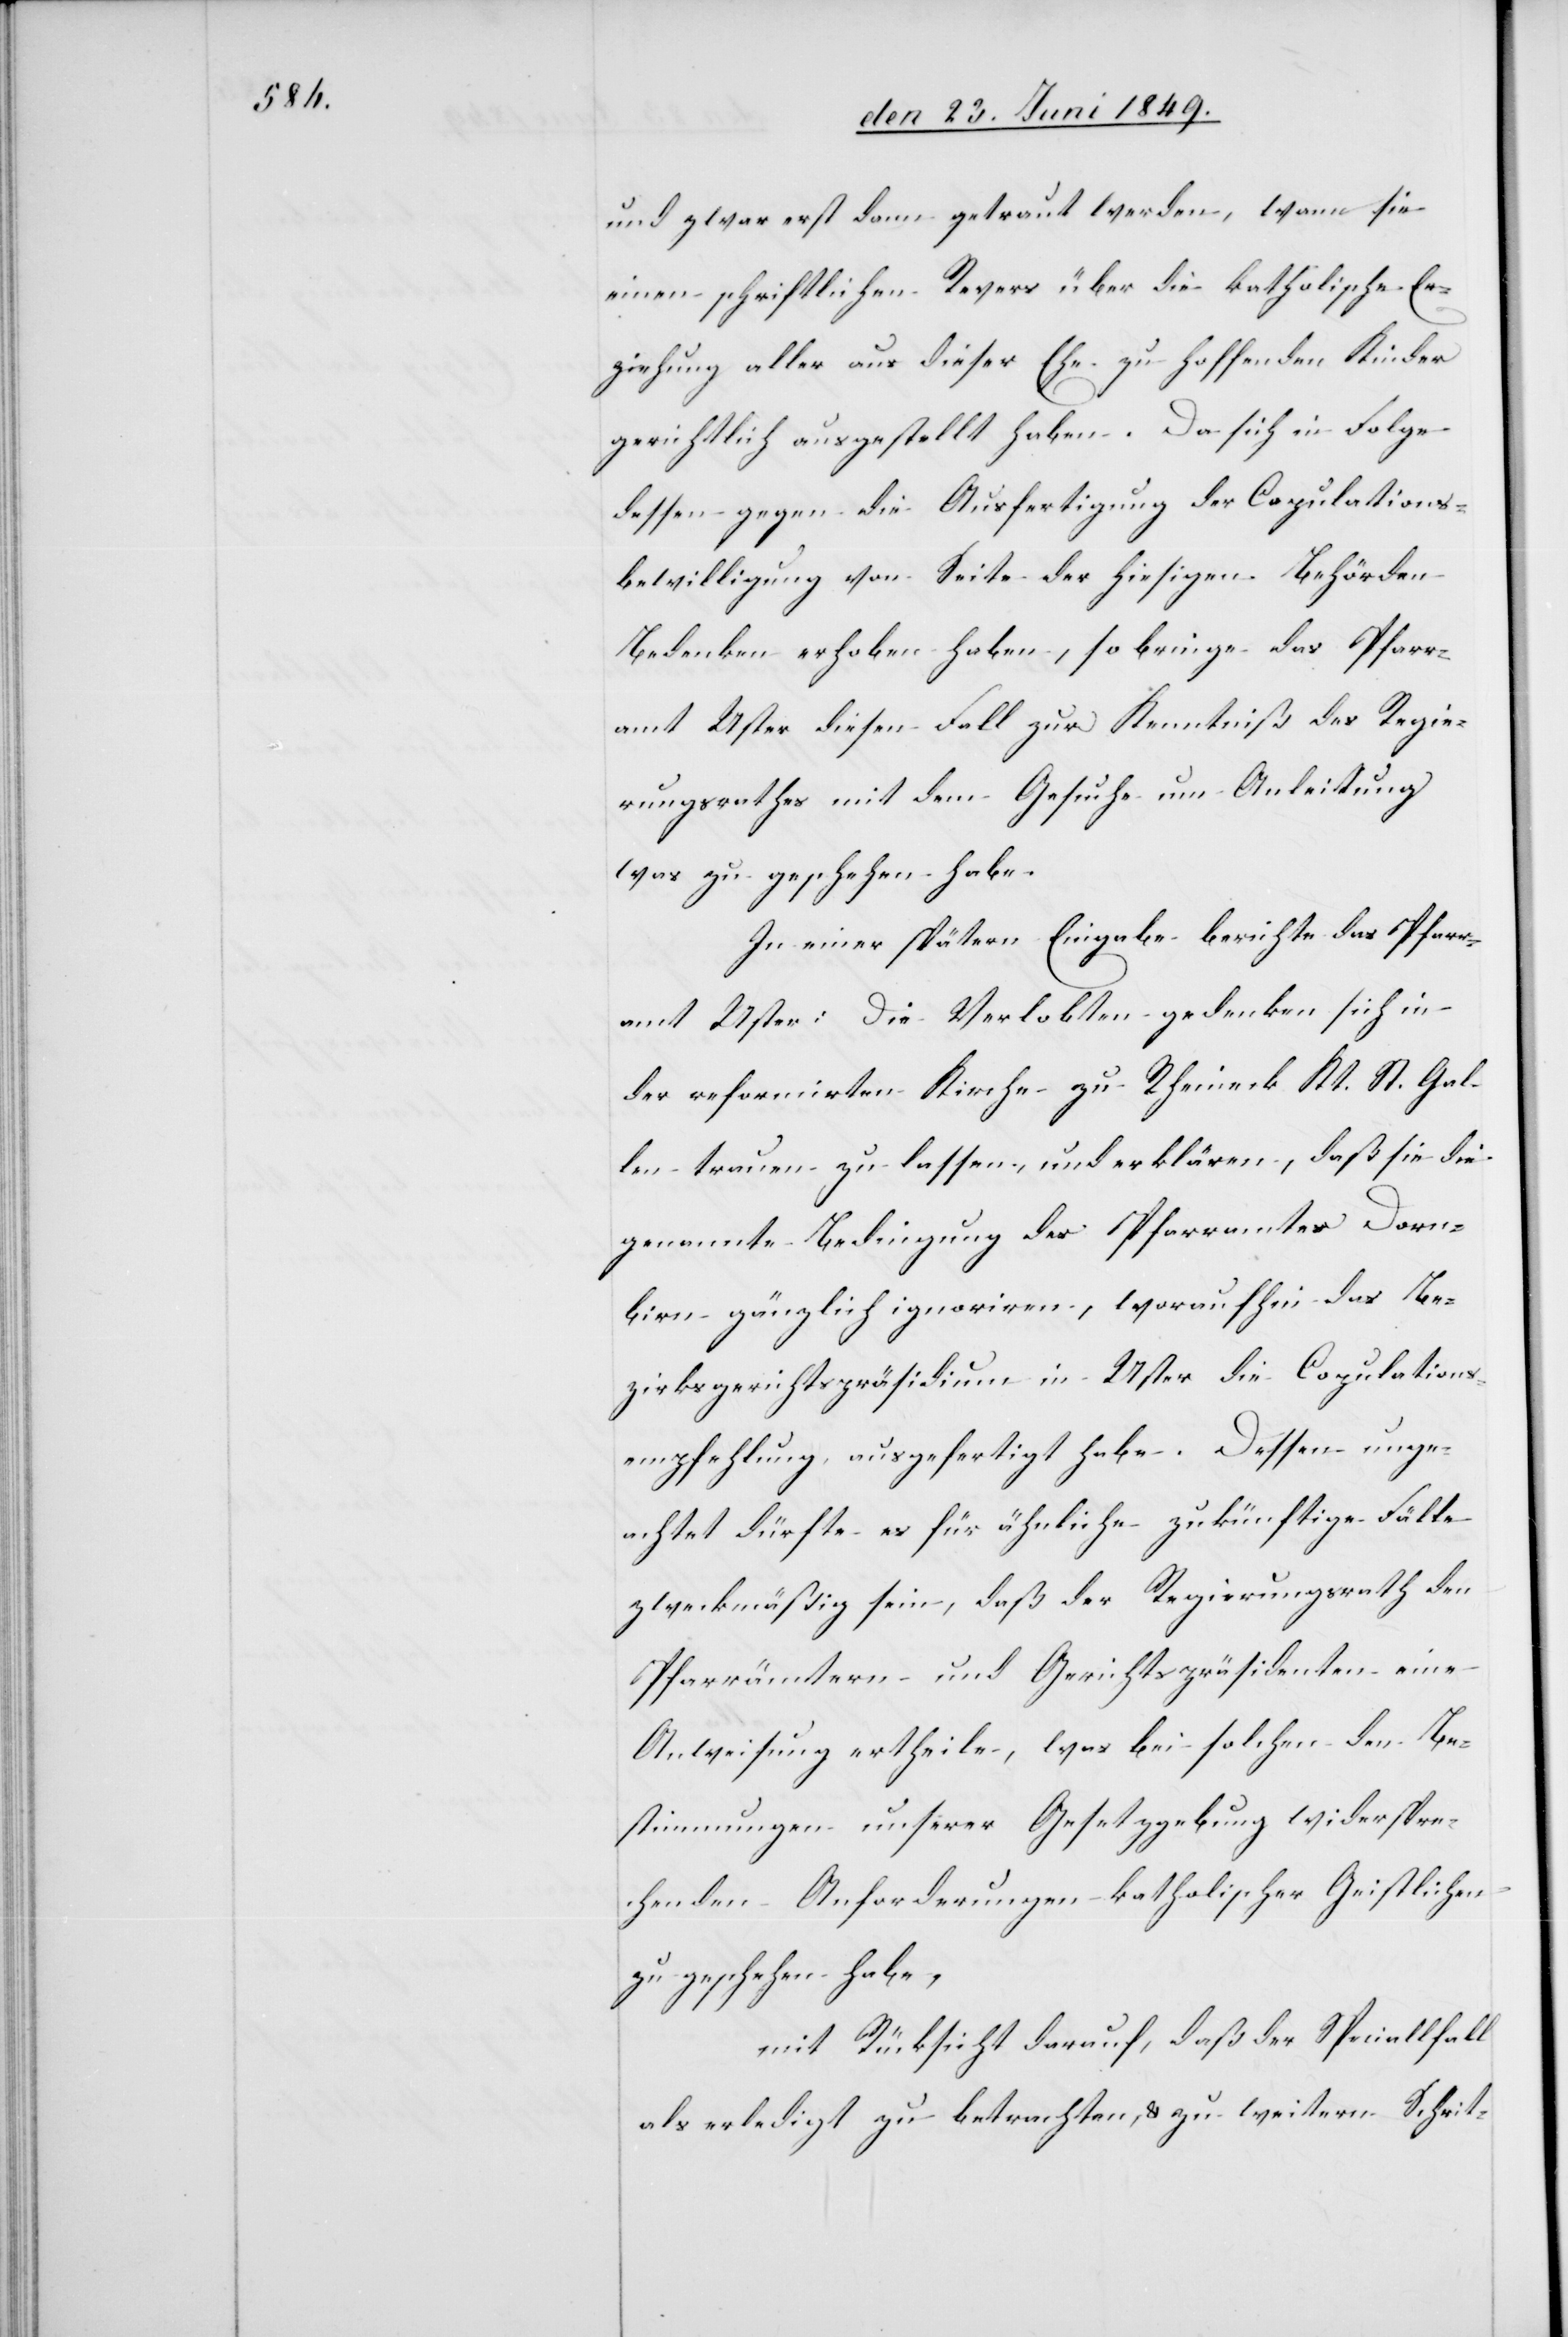
und zwar erst dann getraut werden, wann sie
einen schriftlichen Revers über die katholische Er¬
ziehung aller aus dieser Ehe zu hoffenden Kinder
gerichtlich ausgestellt haben. Da sich in Folge
dessen gegen die Ausfertigung der Copulations¬
bewilligung von Seite der hiesigen Behörden
Bedenken erhoben haben, so bringe das Pfarr¬
amt Uster diesen Fall zur Kenntniß des Regie¬
rungsrathes mit dem Gesuche um Anleitung
was zu geschehen habe.
In einer spätern Eingabe berichte das Pfarr¬
amt Uster: Die Verlobten gedenken sich in
der reformirten Kirche zu Rheineck Kt. St. Gal¬
len trauen zu lassen, und erklären, daß sie die
genannte Bedingung des Pfarramtes Dorn¬
birn gänzlich ignoriren, woraufhin das Be¬
zirksgerichtspräsidium in Uster die Copulations¬
empfehlung ausgefertigt habe. Dessen unge¬
achtet dürfte es für ähnliche zukünftige Fälle
zweckmäßig sein, daß der Regierungsrath den
Pfarrämtern und Gerichtspräsidenten eine
Anweisung ertheile, was bei solchen den Be¬
stimmungen unserer Gesetzgebung widerspre¬
chenden Anforderungen katholischer Geistlichen
zu geschehen habe,
mit Rücksicht darauf, daß der Specialfall
als erledigt zu betrachten, & zu weitern Schrit-